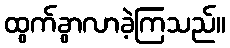
ထွက်ခွာလာခဲ့ကြသည်။